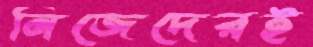
নিজেদেরই